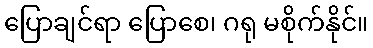
ပြောချင်ရာ ပြောစေ၊ ဂရု မစိုက်နိုင်။